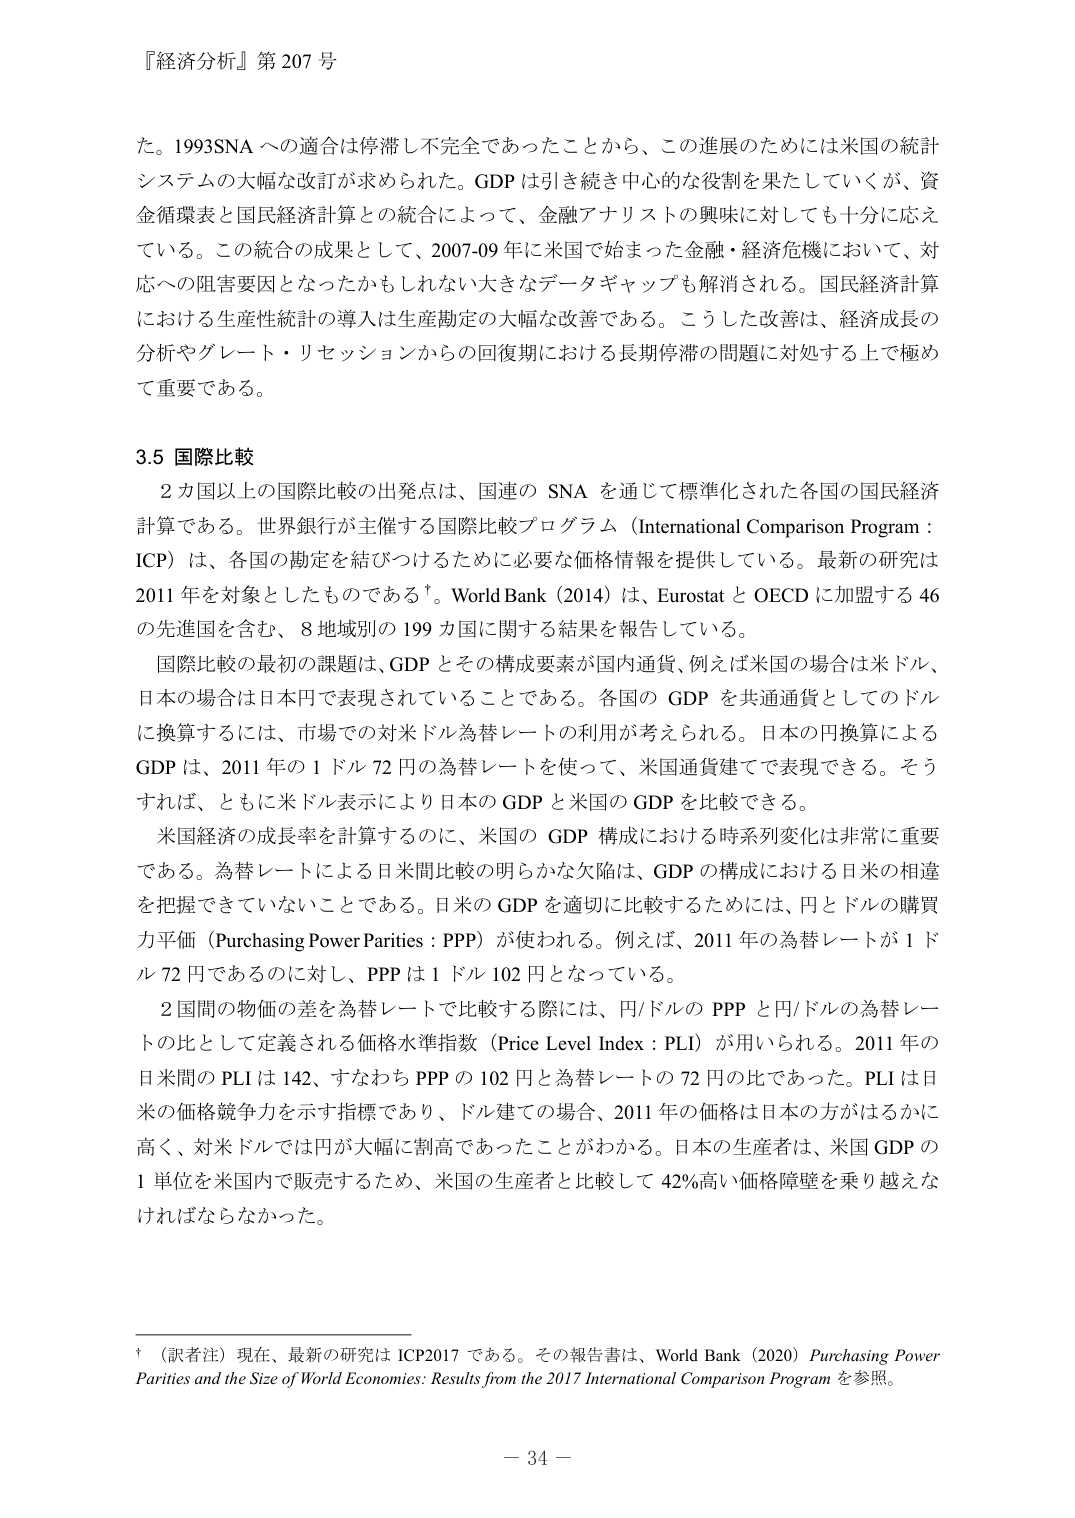
『経済分析』第 207 号

た。1993SNA への適合は停滞し不完全であったことから、この進展のためには米国の統計
システムの大幅な改訂が求められた。GDP は引き続き中心的な役割を果たしていくが、資
金循環表と国民経済計算との統合によって、金融アナリストの興味に対しても十分に応え
ている。この統合の成果として、2007-09 年に米国で始まった金融・経済危機において、対
応への阻害要因となったかもしれない大きなデータギャップも解消される。国民経済計算
における生産性統計の導入は生産勘定の大幅な改善である。こうした改善は、経済成長の
分析やグレート・リセッションからの回復期における長期停滞の問題に対処する上で極め
て重要である。

3.5 国際比較

　2 カ国以上の国際比較の出発点は、国連の SNA を通じて標準化された各国の国民経済
計算である。世界銀行が主催する国際比較プログラム（International Comparison Program：
ICP）は、各国の勘定を結びつけるために必要な価格情報を提供している。最新の研究は
2011 年を対象としたものである†。World Bank（2014）は、Eurostat と OECD に加盟する 46
の先進国を含む、8 地域別の 199 カ国に関する結果を報告している。

　国際比較の最初の課題は、GDP とその構成要素が国内通貨、例えば米国の場合は米ドル、
日本の場合は日本円で表現されていることである。各国の GDP を共通通貨としてのドル
に換算するには、市場での対米ドル為替レートの利用が考えられる。日本の円換算による
GDP は、2011 年の 1 ドル 72 円の為替レートを使って、米国通貨建てで表現できる。そう
すれば、ともに米ドル表示により日本の GDP と米国の GDP を比較できる。

　米国経済の成長率を計算するのに、米国の GDP 構成における時系列変化は非常に重要
である。為替レートによる日米間比較の明らかな欠陥は、GDP の構成における日米の相違
を把握できていないことである。日本の GDP を適切に比較するためには、円とドルの購買
力平価（Purchasing Power Parities：PPP）が使われる。例えば、2011 年の為替レートが 1 ド
ル 72 円であるのに対し、PPP は 1 ドル 102 円となっている。

　2 国間の物価の差を為替レートで比較する際には、円/ドルの PPP と円/ドルの為替レー
トの比として定義される価格水準指数（Price Level Index：PLI）が用いられる。2011 年の
日米間の PLI は 142、すなわち PPP の 102 円と為替レートの 72 円の比であった。PLI は日
米の価格競争力を示す指標であり、ドル建ての場合、2011 年の価格は日本の方がはるかに
高く、対米ドルでは円が大幅に割高であったことがわかる。日本の生産者は、米国 GDP の
1 単位を米国内で販売するため、米国の生産者と比較して 42%高い価格障壁を乗り越えな
ければならなかった。

†（訳者注）現在、最新の研究は ICP2017 である。その報告書は、World Bank（2020）Purchasing Power
Parities and the Size of World Economies: Results from the 2017 International Comparison Program を参照。

－ 34 －